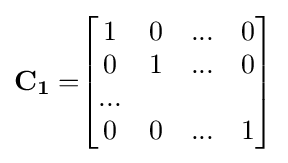
\mathbf {C_{1}=} {\begin{bmatrix}1&0&...&0\\0&1&...&0\\...\\0&0&...&1\end{bmatrix}}